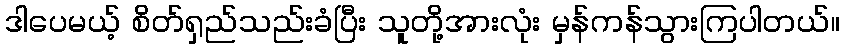
ဒါပေမယ့် စိတ်ရှည်သည်းခံပြီး သူတို့အားလုံး မှန်ကန်သွားကြပါတယ်။